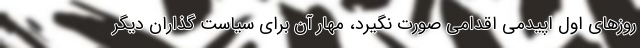
روزهای اول اپیدمی اقدامی صورت نگیرد، مهار آن برای سیاست گذاران دیگر